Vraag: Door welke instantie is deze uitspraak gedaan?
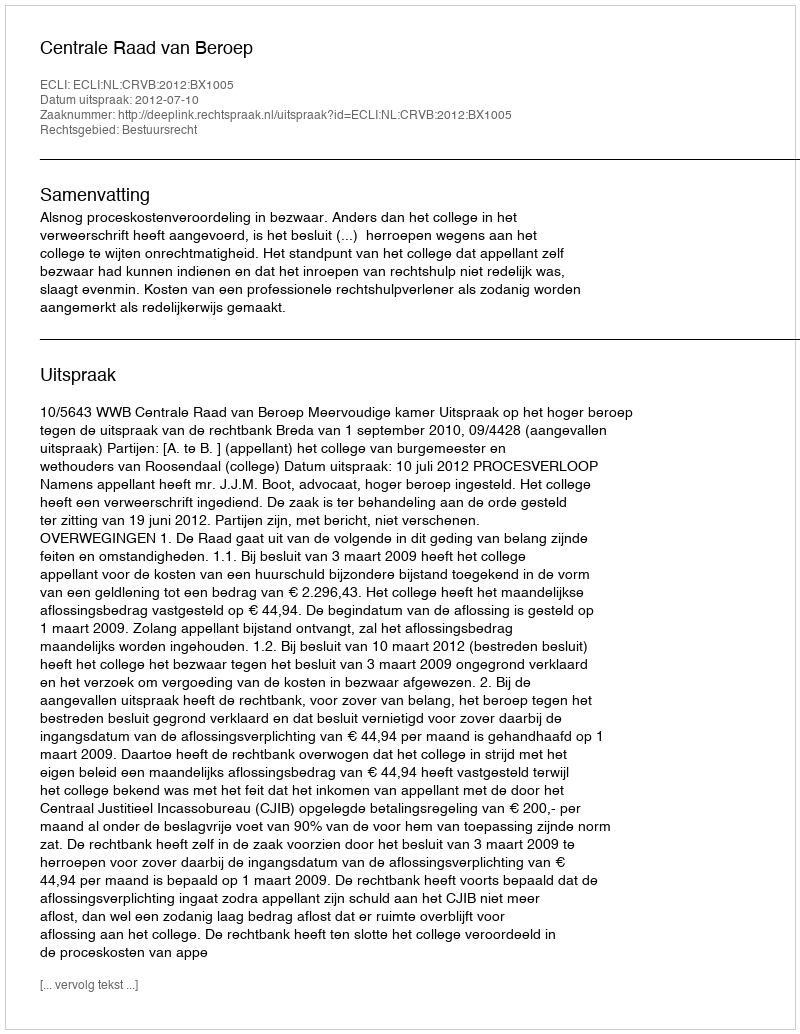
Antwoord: Centrale Raad van Beroep